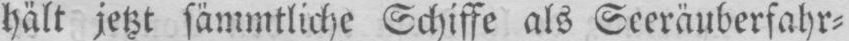
hält jetzt sämmtliche Schiffe als Seeräuberfahr⸗